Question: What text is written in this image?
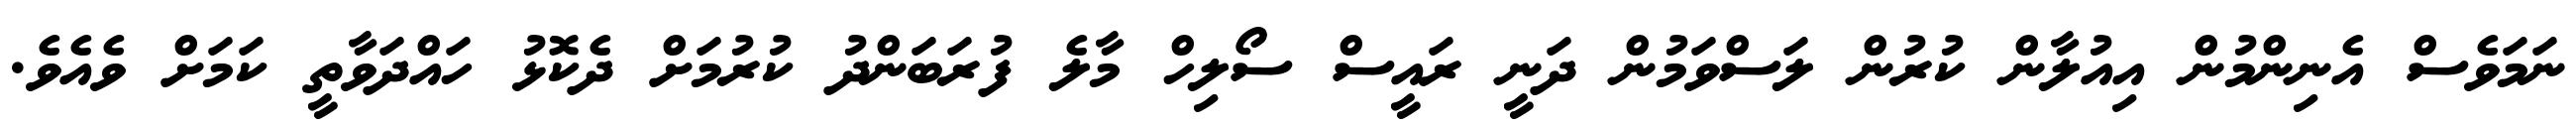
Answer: ނަމަވެސް އެނިންމުން އިއުލާން ކުރުން ލަސްވަމުން ދަނީ ރައީސް ސޯލިހް މާލެ ފުރަބަންދު ކުރުމަށް ދެކޮޅު ހައްދަވާތީ ކަމަށް ވެއެވެ.